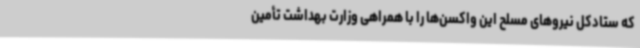
که ستادکل نیروهای مسلح این واکسن‌ها را با همراهی وزارت بهداشت تأمین